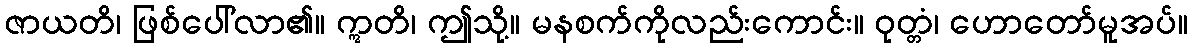
ဇာယတိ၊ ဖြစ်ပေါ်လာ၏။ ဣတိ၊ ဤသို့။ မနစက်ကိုလည်းကောင်း။ ဝုတ္တံ၊ ဟောတော်မူအပ်။